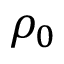
\rho _ { 0 }